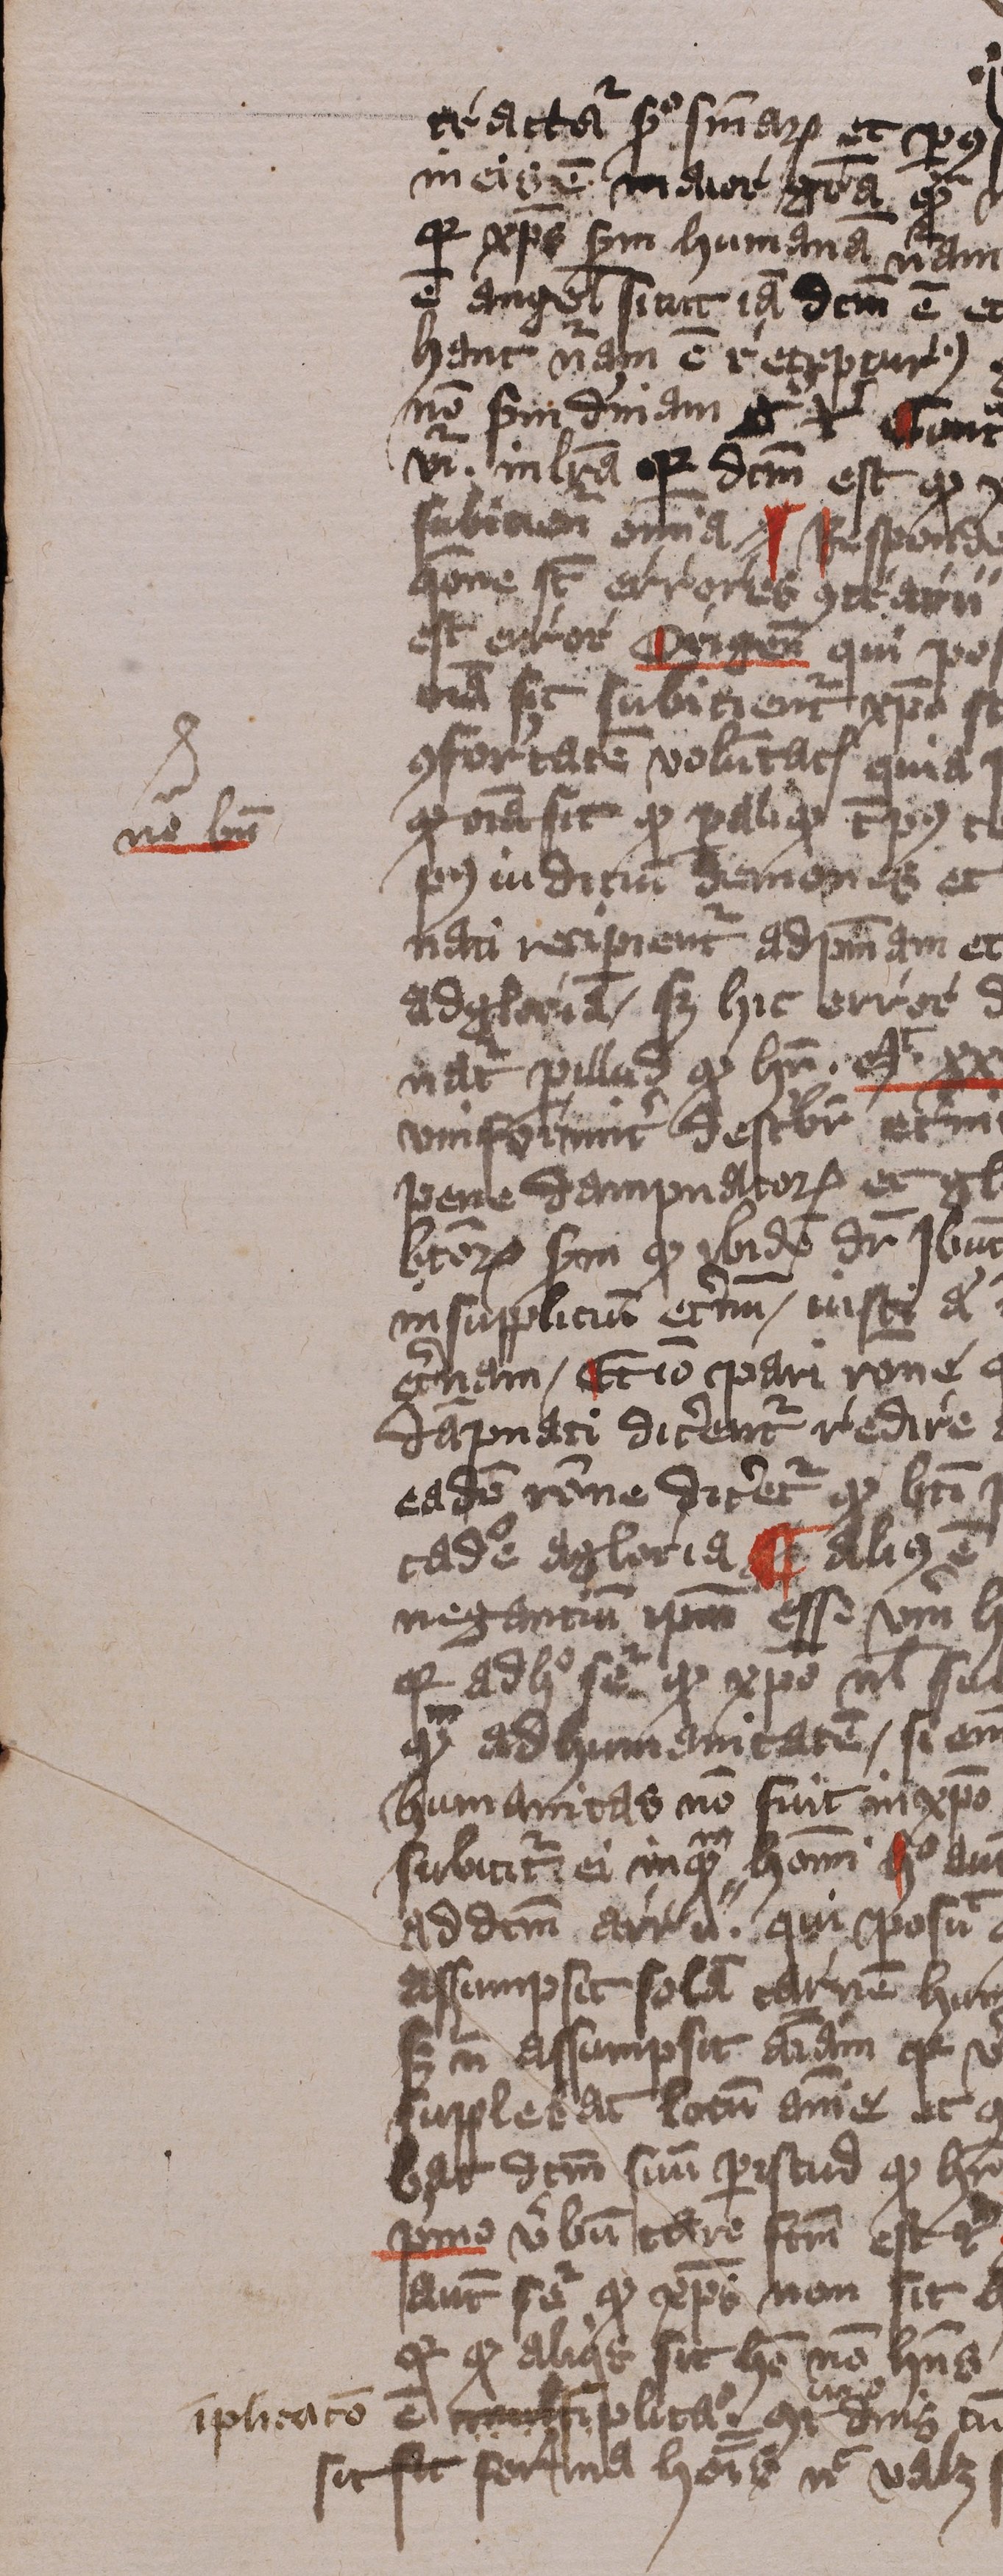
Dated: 1413–1415